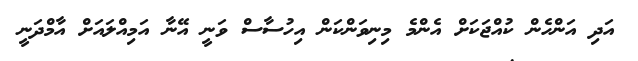
އަދި އަންހެން ކުއްޖަކަށް އެންމެ މިނިވަންކަން އިހުސާސް ވަނީ އޭނާ އަމިއްލައަށް އާމްދަނީ